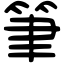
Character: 筆